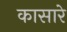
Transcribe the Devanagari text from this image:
कासारे